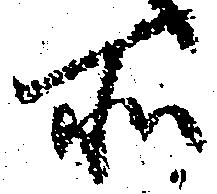
所